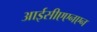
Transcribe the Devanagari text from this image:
आईसीएएनएन